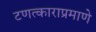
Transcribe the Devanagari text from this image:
टणत्काराप्रमाणे